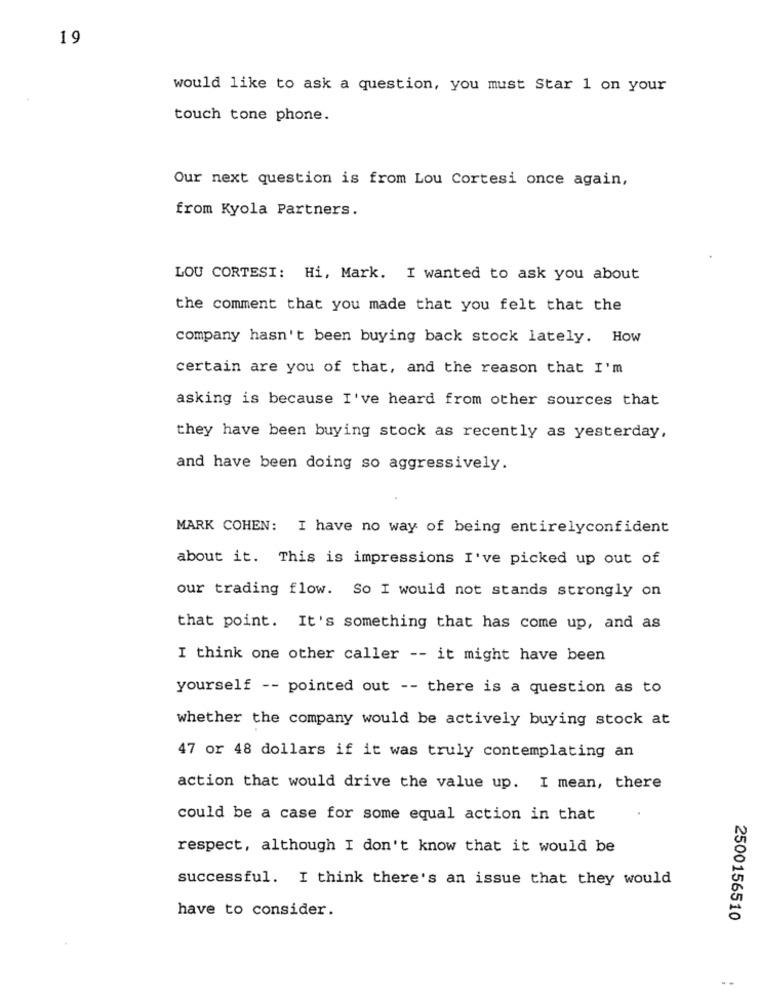
19
would like to ask a question, you must Star 1 on your
touch tone phone.
Our next question is from Lou Cortesi once again,
from Kyola Partners.
LOU CORTESI: Hi, Mark. I wanted to ask you about
the comment that you made that you felt that the
company hasn't been buying back stock lately. How
certain are you of that, and the reason that I'm
asking is because I've heard from other sources that
they have been buying stock as recently as yesterday,
and have been doing so aggressively.
MARK COHEN: I have no way of being entirelyconfident
about it. This is impressions I've picked up out of
our trading flow. So I would not stands strongly on
that point. It's something that has come up, and as
I think one other caller -- it might have been
yourself -- pointed out -- there is a question as to
whether the company would be actively buying stock at
47 or 48 dollars if it was truly contemplating an
action that would drive the value up. I mean, there
could be a case for some equal action in that
respect, although I don't know that it would be
successful. I think there's an issue that they would
have to consider.
2500156510